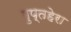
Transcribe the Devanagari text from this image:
गुप्तहेरा